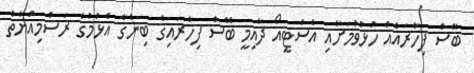
ބޭސް ފިހާރައެއް ހުޅުވުމަށާއި އެސްޓީއޯ ދާއިމީ ބޭސް ފިހާރައިގެ ބިންގާ އެޅުމުގެ ރަސްމިއްޔާތު